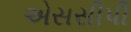
એસસીપી